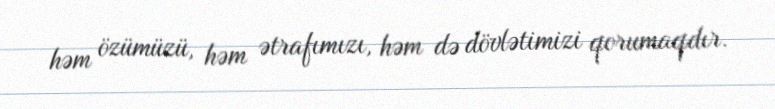
həm özümüzü, həm ətrafımızı, həm də dövlətimizi qorumaqdır.